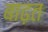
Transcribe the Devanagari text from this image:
बाढ़त